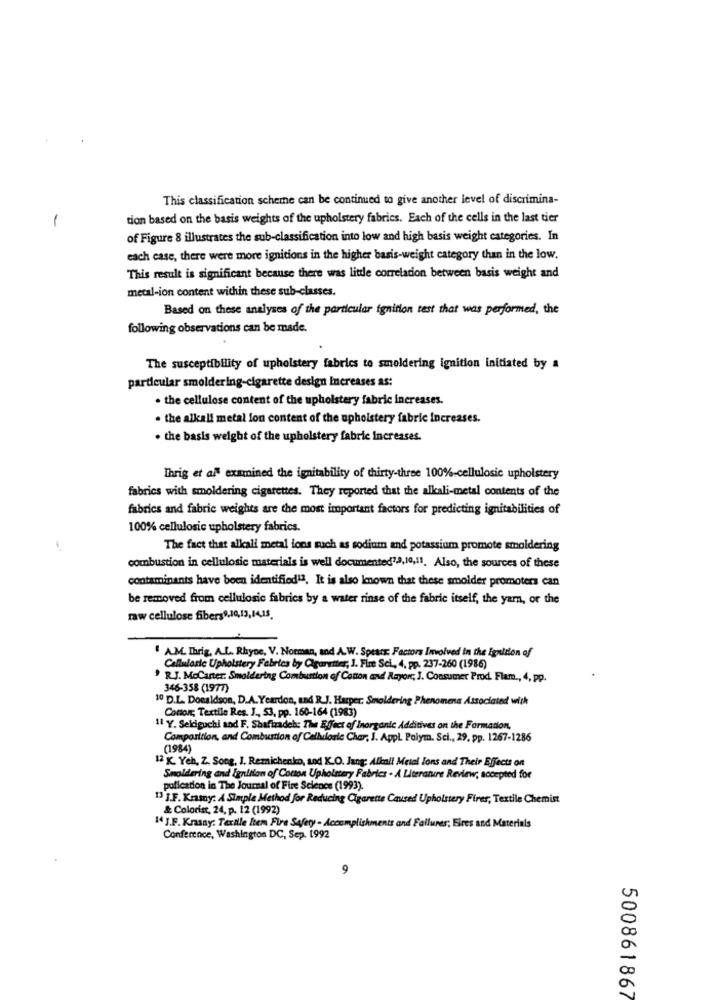
This classification scheme can be continued to give another level of discrimina-
tion based on the basis weights of the upholstery fabrics. Each of the cells in the last tier
-
of Figure 8 illustrates the sub-classification into low and high basis weight categories. In
each case, there were more ignitions in the higher basis-weight category than in the low.
This result is significant because there was little correlation between basis weight and
metal-ion content within these sub-classes.
Based on these analyses of the particular ignition test that was performed, the
following observations can be made.
The susceptibility of upholstery fabrics to smoldering ignition initiated by a
particular smoldering-cigarette design Increases as:
· the cellulose content of the upholstery fabric increases.
. the alkali metal lon content of the upholstery fabric increases.
. the basis weight of the upholstery fabric increases.
Ihrig et al examined the ignitability of thirty-three 100%-cellulosic upholstery
fabrics with smoldering cigarettes. They reported that the alkali-metal contents of the
fabrics and fabric weights are the most important factors for predicting ignitabilities of
100% cellulosie upholstery fabrics.
The fact that alkali metal ions such as sodium and potassium promote smoldering
combustion in cellulosic materials is well documented7.2,10,11. Also, the sources of these
contaminants have been identified13. It is also known that these smolder promoters can
be removed from cellulosic fabrics by a water rinse of the fabric itself, the yarn, or the
raw cellulose fibers9,10,13,14,15.
" AM Ihrig, A.L. RhyDe, V. Norman, and A.W. Spears: Factors Involved in the Ignition of
Cellularie Upholstery Fabrics by Cigaretter, 1. Fire Sci, 4, pp. 237-260 (1986)
R.J. McCarter. Smoldering Combustion of Conon and Rayorc, J. Consumer Prod. Flam ., 4, pp.
346-358 (1977)
10 D.L. Donaldson, D.A.Yeardon, and R.J. Harper: Smoldering Phenomena Associated with
Conon; Textile Res. J ., 53, pp. 160-164 (1983)
11 Y. Sekiguchi and F. Shafizadeh: The Effect of Inorganic Additives on the Formation,
Composition, and Combustion of Celhdorie Char, J. Appl Polym. Sci ., 29, pp. 1267-1286
(1984)
12 K Yeh, Z. Song, J. Remichenko, sod K.O. Jang: Alkali Metal Ions and Their Effects on
Smoldering and Ignition of Cotton Upholstery Fabrics . A Literature Review; accepted for
pulication in The Journal of Fire Science (1993).
13 J.F. Krmy: A Simple Method for Reducing Cigarette Caused Upholstery Fires, Textile Chemist
& Colorist, 24. p. 12 (1992)
14 J.F. Krasay: Textile Item Fire Safety - Accomplishments and Failures; Elres and Materials
Conference, Washington DC, Sep. 1992
9
00
a
500861867